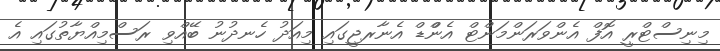
މިނިސްޓްރީ އޮފް އެންވަރަންމަންޓް އެންްޑް އެނާރޖީގައި މިއަދު ހެނދުނު ބޭއްވި ރަސްމިއްޔާތުގައި އެ